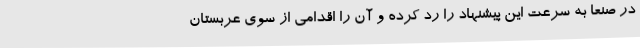
در صنعا به سرعت این پیشنهاد را رد کرده و آن را اقدامی از سوی عربستان